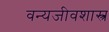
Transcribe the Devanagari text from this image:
वन्यजीवशास्त्र